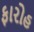
ફારોહ